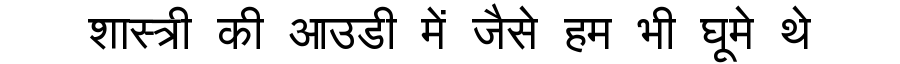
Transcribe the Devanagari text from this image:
शास्त्री की आउडी में जैसे हम भी घूमे थे